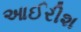
આઈરીશ